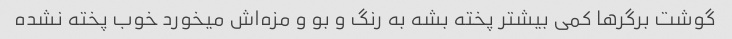
گوشت برگرها کمی بیشتر پخته بشه به رنگ و بو و مزه‌اش میخورد خوب پخته نشده